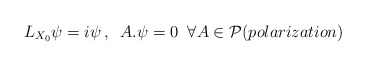
\begin{align*}L_{X_0}\psi=i\psi\,,\;\;A.\psi=0\;\; \forall A\in {\cal P} (polarization) \end{align*}